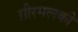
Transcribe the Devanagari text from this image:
ग़ीरमलकी